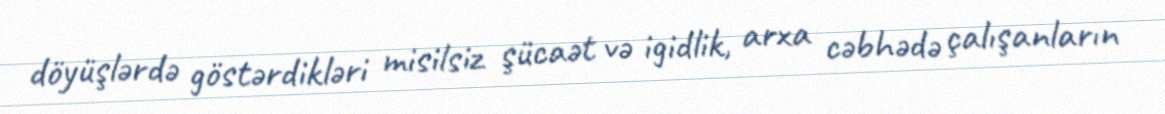
döyüşlərdə göstərdikləri misilsiz şücaət və igidlik, arxa cəbhədə çalışanların